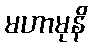
မဟာမုနိ